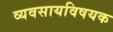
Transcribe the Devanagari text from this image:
व्यवसायविषयक